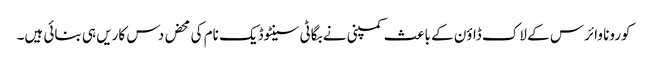
کورونا وائرس کے لاک ڈاؤن کے باعث کمپنی نے بگاٹی سینٹوڈیک نام کی محض دس کاریں ہی بنائی ہیں۔